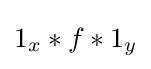
1_{x}*f*1_{y}